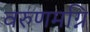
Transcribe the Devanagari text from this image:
वरुणमग्नि